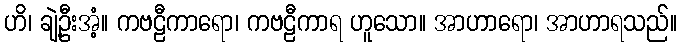
ဟိ၊ ချဲ့ဦးအံ့။ ကဗဠီကာရော၊ ကဗဠီကာရ ဟူသော။ အာဟာရော၊ အာဟာရသည်။